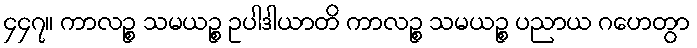
၄၄၇။ ကာလဉ္စ သမယဉ္စ ဥပါဒါယာတိ ကာလဉ္စ သမယဉ္စ ပညာယ ဂဟေတွာ